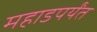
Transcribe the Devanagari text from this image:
महाडपर्यंत